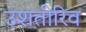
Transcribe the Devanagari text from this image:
उशतीरिव